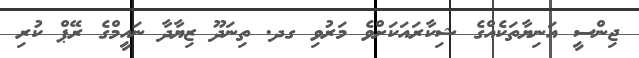
ޖިންސީ އަނިޔާތަކެއްގެ ޝިކާރައަކަށްވެ މަރުވި ގދ. ތިނަދޫ ޒިޔާދާ ނައީމްގެ ރޭޕް ކުރި